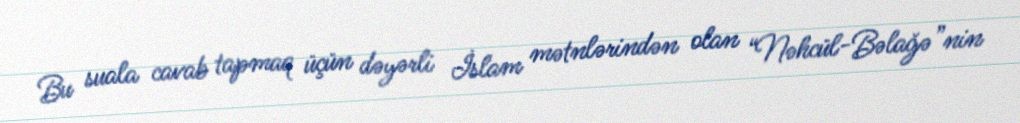
Bu suala cavab tapmaq üçün dəyərli İslam mətnlərindən olan “Nəhcül-Bəlağə”nin